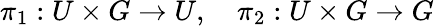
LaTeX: \pi_{1}:U\times G\to U,\quad\pi_{2}:U\times G\to G